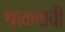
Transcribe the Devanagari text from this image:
श्रावणाची